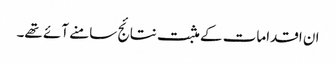
ان اقدامات کے مثبت نتائج سامنے آئے تھے۔